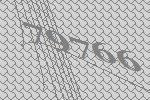
79766